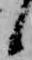
候